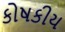
કોષકીય